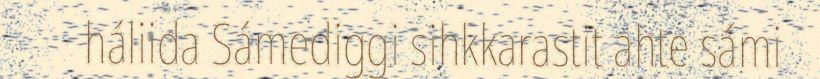
háliida Sámediggi sihkkarastit ahte sámi